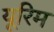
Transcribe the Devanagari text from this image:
यूरिम